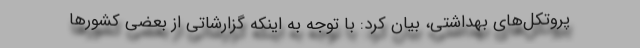
پروتکل‌های بهداشتی، بیان کرد: با توجه به اینکه گزارشاتی از بعضی کشورها